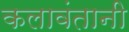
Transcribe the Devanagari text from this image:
कलावंतानी